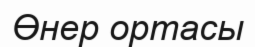
Өнер ортасы